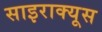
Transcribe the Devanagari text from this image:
साइराक्यूस